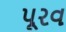
પૂરવ